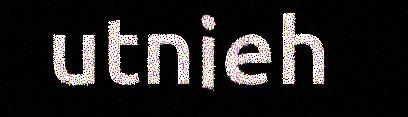
utnieh